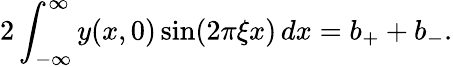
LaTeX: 2\int_{-\infty}^{\infty}y(x,0)\sin(2\pi\xi x)\, dx=b_{+}+b_{-}.